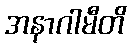
အနာဂါမီတိ